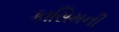
કાસિમની